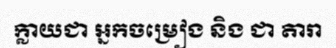
ក្លាយជា អ្នកចម្រៀង និង ជា តារា